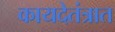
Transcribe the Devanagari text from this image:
कायदेतंत्रात